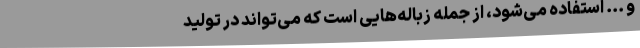
و ... استفاده می‌شود، از جمله زباله‌هایی است که می‌تواند در تولید